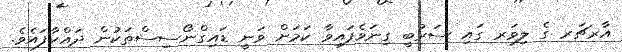
އާރޗަރ ގެ ލިވަރ ގައި ސަރުބީ ގިނަވެފައިވާ ކަމަށް ވަނީ ޑައިގްނޯސިސްތަކުން ދައްކާފައެވެ.